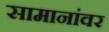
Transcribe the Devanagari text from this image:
सामानांवर